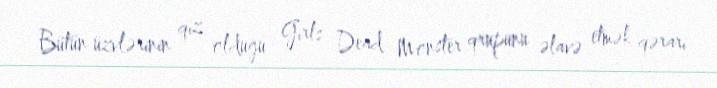
Bütün üzvlərinin qız olduğu Girls Dead Monster qrupunu əlavə etmək qərarı